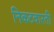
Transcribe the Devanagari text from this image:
निकटवारती